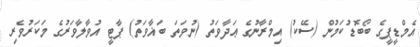
އެމްޑީޕީގެ ބޯބޮޑުކަމުން (ސޭކު) އިމްރާނުގެ ޢަދާވަތު (ނުވަތަ ބަޣާވަތު) ޕާޓީ އުވާލާވަރުގެ މަކަރުވެރި